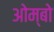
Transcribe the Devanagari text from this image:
ओम्बो